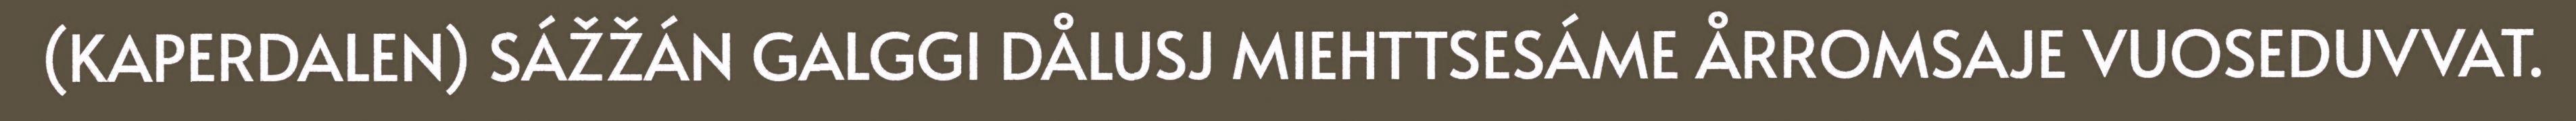
(KAPERDALEN) SÁŽŽÁN GALGGI DÅLUSJ MIEHTTSESÁME ÅRROMSAJE VUOSEDUVVAT.